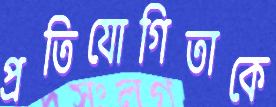
প্রতিযোগিতাকে